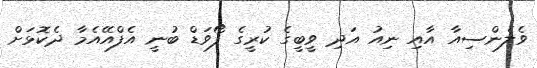
ވެލެންސިއާ އާއި ނިއު އަދި ވީބީގެ ކުރީގެ ފޯވަޑް ބުނީ އެފްއޭއެމާ ދެކޮޅަށް